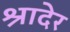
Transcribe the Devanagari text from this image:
श्रादेर